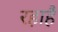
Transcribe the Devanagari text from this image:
रहाहै